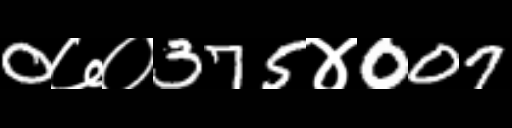
Text: 0७०375४007